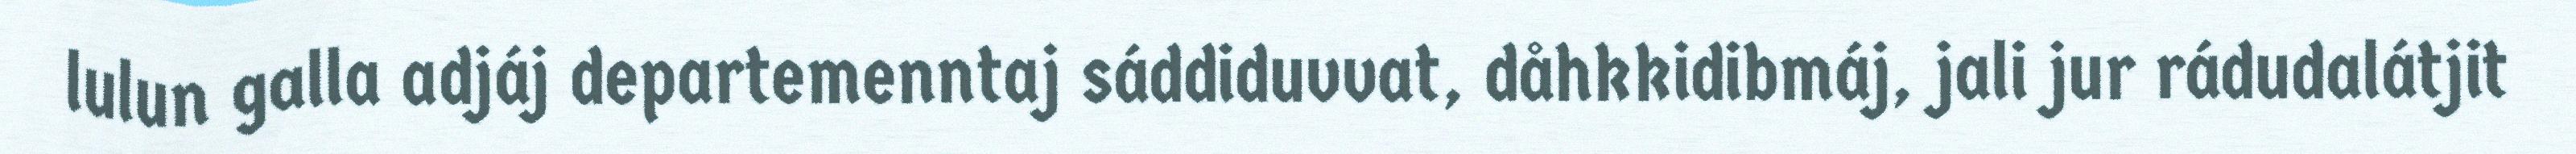
lulun galla adjáj departemenntaj sáddiduvvat, dåhkkidibmáj, jali jur rádudalátjit